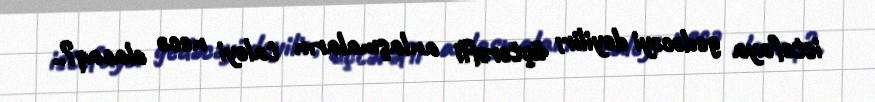
istefaya gedəcəyi deyilir; üçtərəfli anlaşmaların taleyi necə olacaq?..